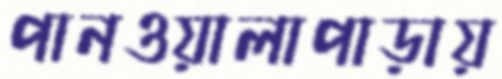
পানওয়ালাপাড়ায়